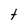
Character: t